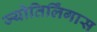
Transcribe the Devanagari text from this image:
ज्योतिर्लिंगास